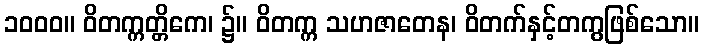
၁၀၀၀။ ဝိတက္ကတ္တိကေ၊ ၌။ ဝိတက္က သဟဇာတေန၊ ဝိတက်နှင့်တကွဖြစ်သော။